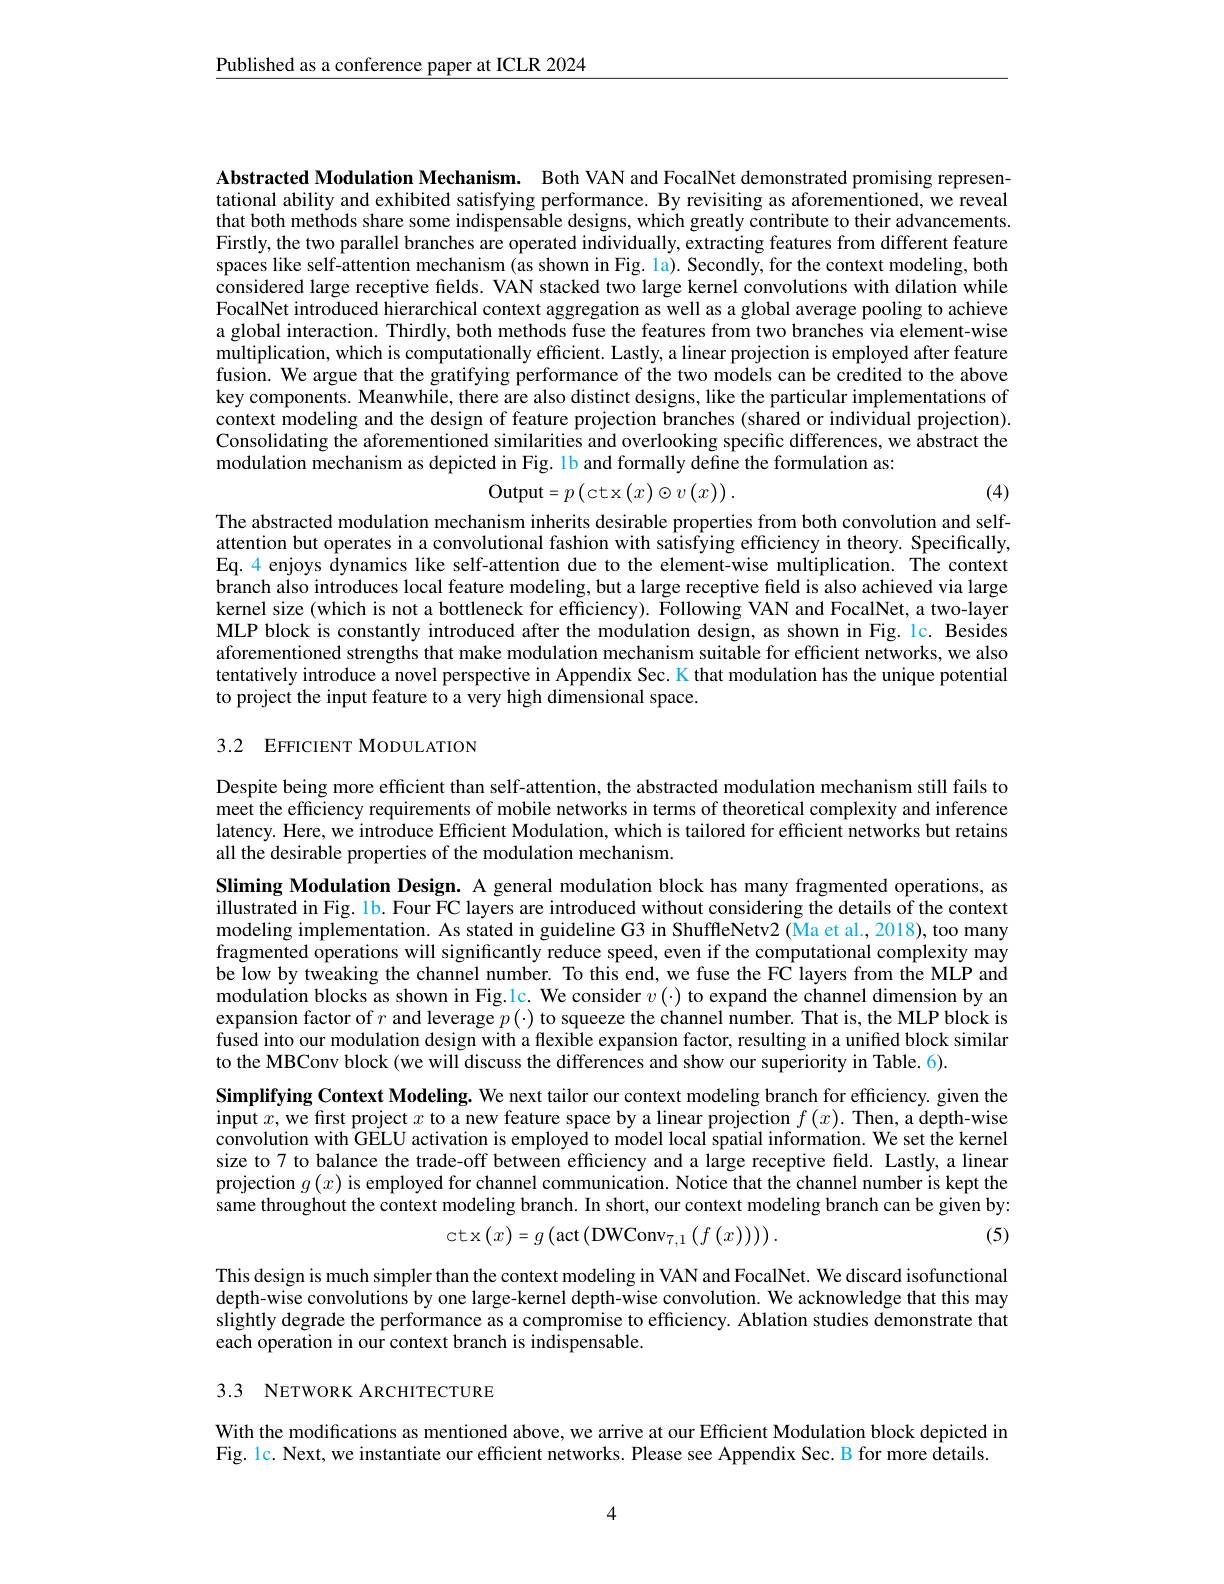
$\underline{\text{Published as a conference paper at ICLR 2024}}$

Abstracted Modulation Mechanism. Both VAN and FocalNet demonstrated promising representational ability and exhibited satisfying performance. By revisiting as aforementioned, we reveal that both methods share some indispensable designs, which greatly contribute to their advancements. Firstly, the two parallel branches are operated in$\tilde{\text{dividually,extracting features from different feature}}$ spaces like self-attention mechanism (as shown in Fig. la). Secondly, for the context modeling, both considered large receptive fields. VAN stacked two large kernel convolutions with dilation while FocalNet introduced hierarchical context aggregation as well as a global average pooling to achieve a global interaction. Thirdly, both methods fuse the features from two branches via element-wise multiplication, which is computationally efficient. Lastly, a linear projection is employed after feature fusion. We argue that the gratifying performance of the two models can be credited to the above key components. Meanwhile, there are also distinct designs, like the particular implementations of context modeling and the design of feature projection branches (shared or individual projection). Consolidating the aforementioned similarities and overlooking specific differences, we abstract the modulation mechanism as depicted in Fig. 1b and formally define the formulation as:
$$\mathrm{Output}=p\left(\cot\left(x\right)\odot v\left(x\right)\right).$$
(4)

The abstracted modulation mechanism inherits desirable properties from both convolution and selfattention but operates in a convolutional fashion with satisfying efficiency in theory. Specifically, Eq. 4 enjoys dynamics like self-attention due to the element-wise multiplication. The context branch also introduces local feature modeling, but a large receptive field is also achieved via large kernel size (which is not a bottleneck for efficiency). $\tilde{\text{FollowingVANandFocalNet,atwo-layer}}$ MLP block is constantly introduced after the modulation design, as shown in Fig. lc. Besides aforementioned strengths that make modulation mechanism suitable for efficient networks, we also tentatively introduce a novel perspective in Appendix Sec. K that modulation has the unique potential to project the input feature to a very high dimensional space.

# 3.2 EFFICIENT MODULATION

Despite being more efficient than self-attention, the abstracted modulation mechanism still fails to meet the efficiency requirements of mobile networks in terms of theoretical complexity and inference latency. Here, we introduce Efficient Modulation, which is tailored for efficient networks but retains all the desirable properties of the modulation mechanism.

Sliming Modulation Design. A general modulation block has many fragmented operations, as illustrated in Fig. 1b. Four FC layers are introduced without considering the details of the context modeling implementation. As stated in guideline G3 in ShufffleNetv2 (Ma et al., 2018), too many fragmented operations will significantly reduce speed, even if the computational complexity may be low by tweaking the channel number. To this end, we fuse the FC layers from the MLP and modulation blocks as shown in Fig.1c. We consider $v(\cdot)$ to expand the channel dimension by an expansion factor of $r$ and leverage $p(\cdot)$ to squeeze the channel number. That is, the MLP block is fused into our modulation design with a flexible expansion factor, resulting in a unified block similar to the MBConv block (we will discuss the differences and show our superiority in Table. 6).

Simplifying Context Modeling. We next tailor our context modeling branch for efficiency. given the input $x$, we first project $x$ to a new feature space by a linear projection $f(x).$ Then, a depth-wise convolution with GELU activation is employed to model local spatial information. We set the kernel size to 7 to balance the trade-off between effciency and a large receptive field. Lastly, a linear projection $g\left(x\right)$ is employed for channel communication. Notice that the channel number is kept the same throughout the context modeling branch. In short, our context modeling branch can be given by:
$$\text{ctx}\left(x\right)=g\left(\text{act}\left(\text{DWConv}_{7,1}\left(f\left(x\right)\right)\right)\right).$$
(5)

This design is much simpler than the context modeling in VAN and FocalNet. We discard isofunctional depth-wise convolutions by one large-kernel depth-wise convolution. We acknowledge that this may slightly degrade the performance as a compromise to efficiency. Ablation studies demonstrate that each operation in our context branch is indispensable.

# 3.3 NETWORK ARCHITECTURE

With the modifications as mentioned above, we arrive at our Efficient Modulation block depicted in
Fig.1c. Next, we instantiate our efficient networks. Please see Appendix Sec. B for more $\hat{\text{details}}.$

4